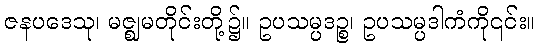
ဇနပဒေသု၊ မဇ္ဈမတိုင်းတို့၌။ ဥပသမ္ပဒဉ္စ၊ ဥပသမ္ပဒါကံကို၎င်း။